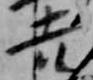
吉